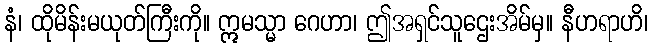
နံ၊ ထိုမိန်းမယုတ်ကြီးကို။ ဣမသ္မာ ဂေဟာ၊ ဤအရှင်သူဌေးအိမ်မှ။ နီဟရာဟိ၊